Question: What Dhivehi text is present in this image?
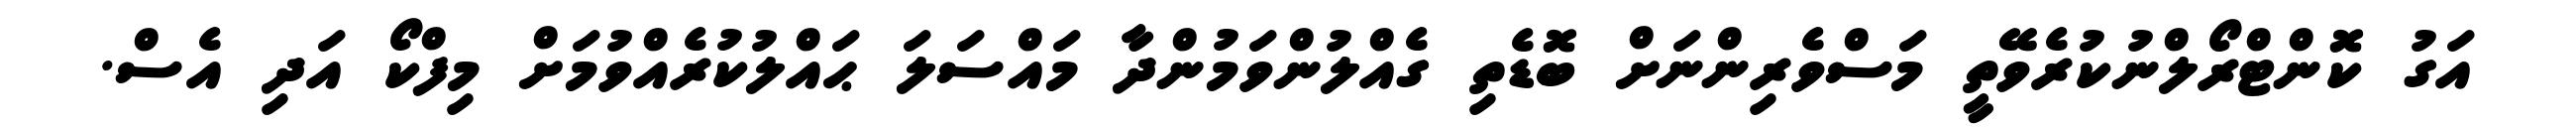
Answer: އަގު ކޮންޓްރޯލްނުކުރެވޭތީ މަސްވެރިންނަށް ބޮޑެތި ގެއްލުންވަމުންދާ މައްސަލަ ޙައްލުކުރެއްވުމަށް މިފްކޯ އަދި އެސް.